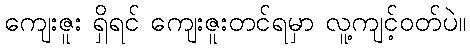
ကျေးဇူး ရှိရင် ကျေးဇူးတင်ရမှာ လူ့ကျင့်ဝတ်ပဲ။